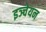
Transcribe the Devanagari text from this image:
इञ्चेयन